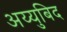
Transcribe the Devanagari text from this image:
अय्युबिद